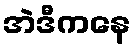
အဲဒီကနေ